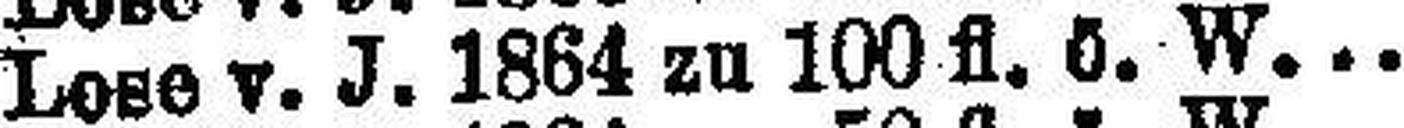
Lose v. J. 1864 zu 100 fl. ö. W.